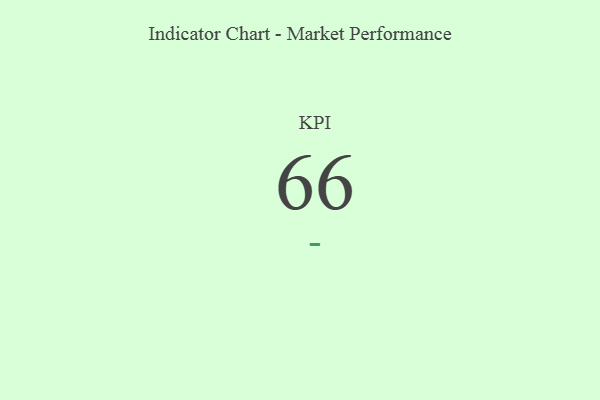
{"axis": {"x": "KPI", "y": "Value"}, "legend": [""], "data": [{"x": "KPI", "y": 66, "type": ""}]}